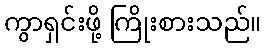
ကွာရှင်းဖို့ ကြိုးစားသည်။